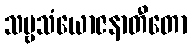
သဗ္ဗသံယောဇနာတီတော